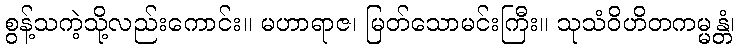
စွန့်သကဲ့သို့လည်းကောင်း။ မဟာရာဇ၊ မြတ်သောမင်းကြီး။ သုသံဝိဟိတကမ္မန္တံ၊